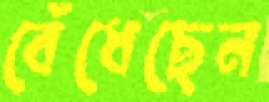
বেঁধেছেন